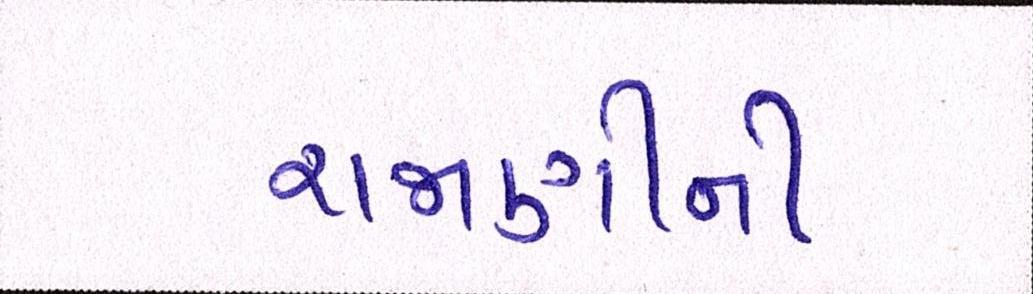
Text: રાજાણીની